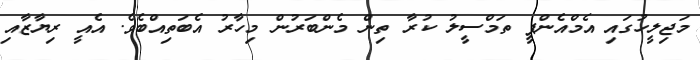
މަޖިލީހުގައި އެމްއެންޕީ ތަމްސީލު ކުރާ ތިން މެންބަރުން މިހާރު އެބަތިއްބެވެ. އެއީ ރިޔާޒާއި